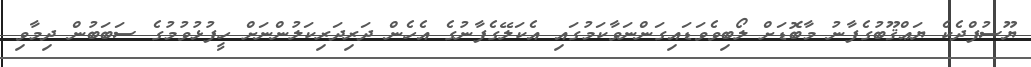
ޔޫސުފްދެކެ ޔަޢްޤޫބުގެފާނު މާބޮޑަށް ލޯބިވެވަޑައިގަންނަވާކަމުގައި އެކަލޭގެފާނުގެ އެހެން ދަރިދަރިކަލުންނަށް ހީފުޅުވުމުގެ ސަބަބުން ދިމާވި